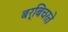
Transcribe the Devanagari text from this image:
बर्बिचरते